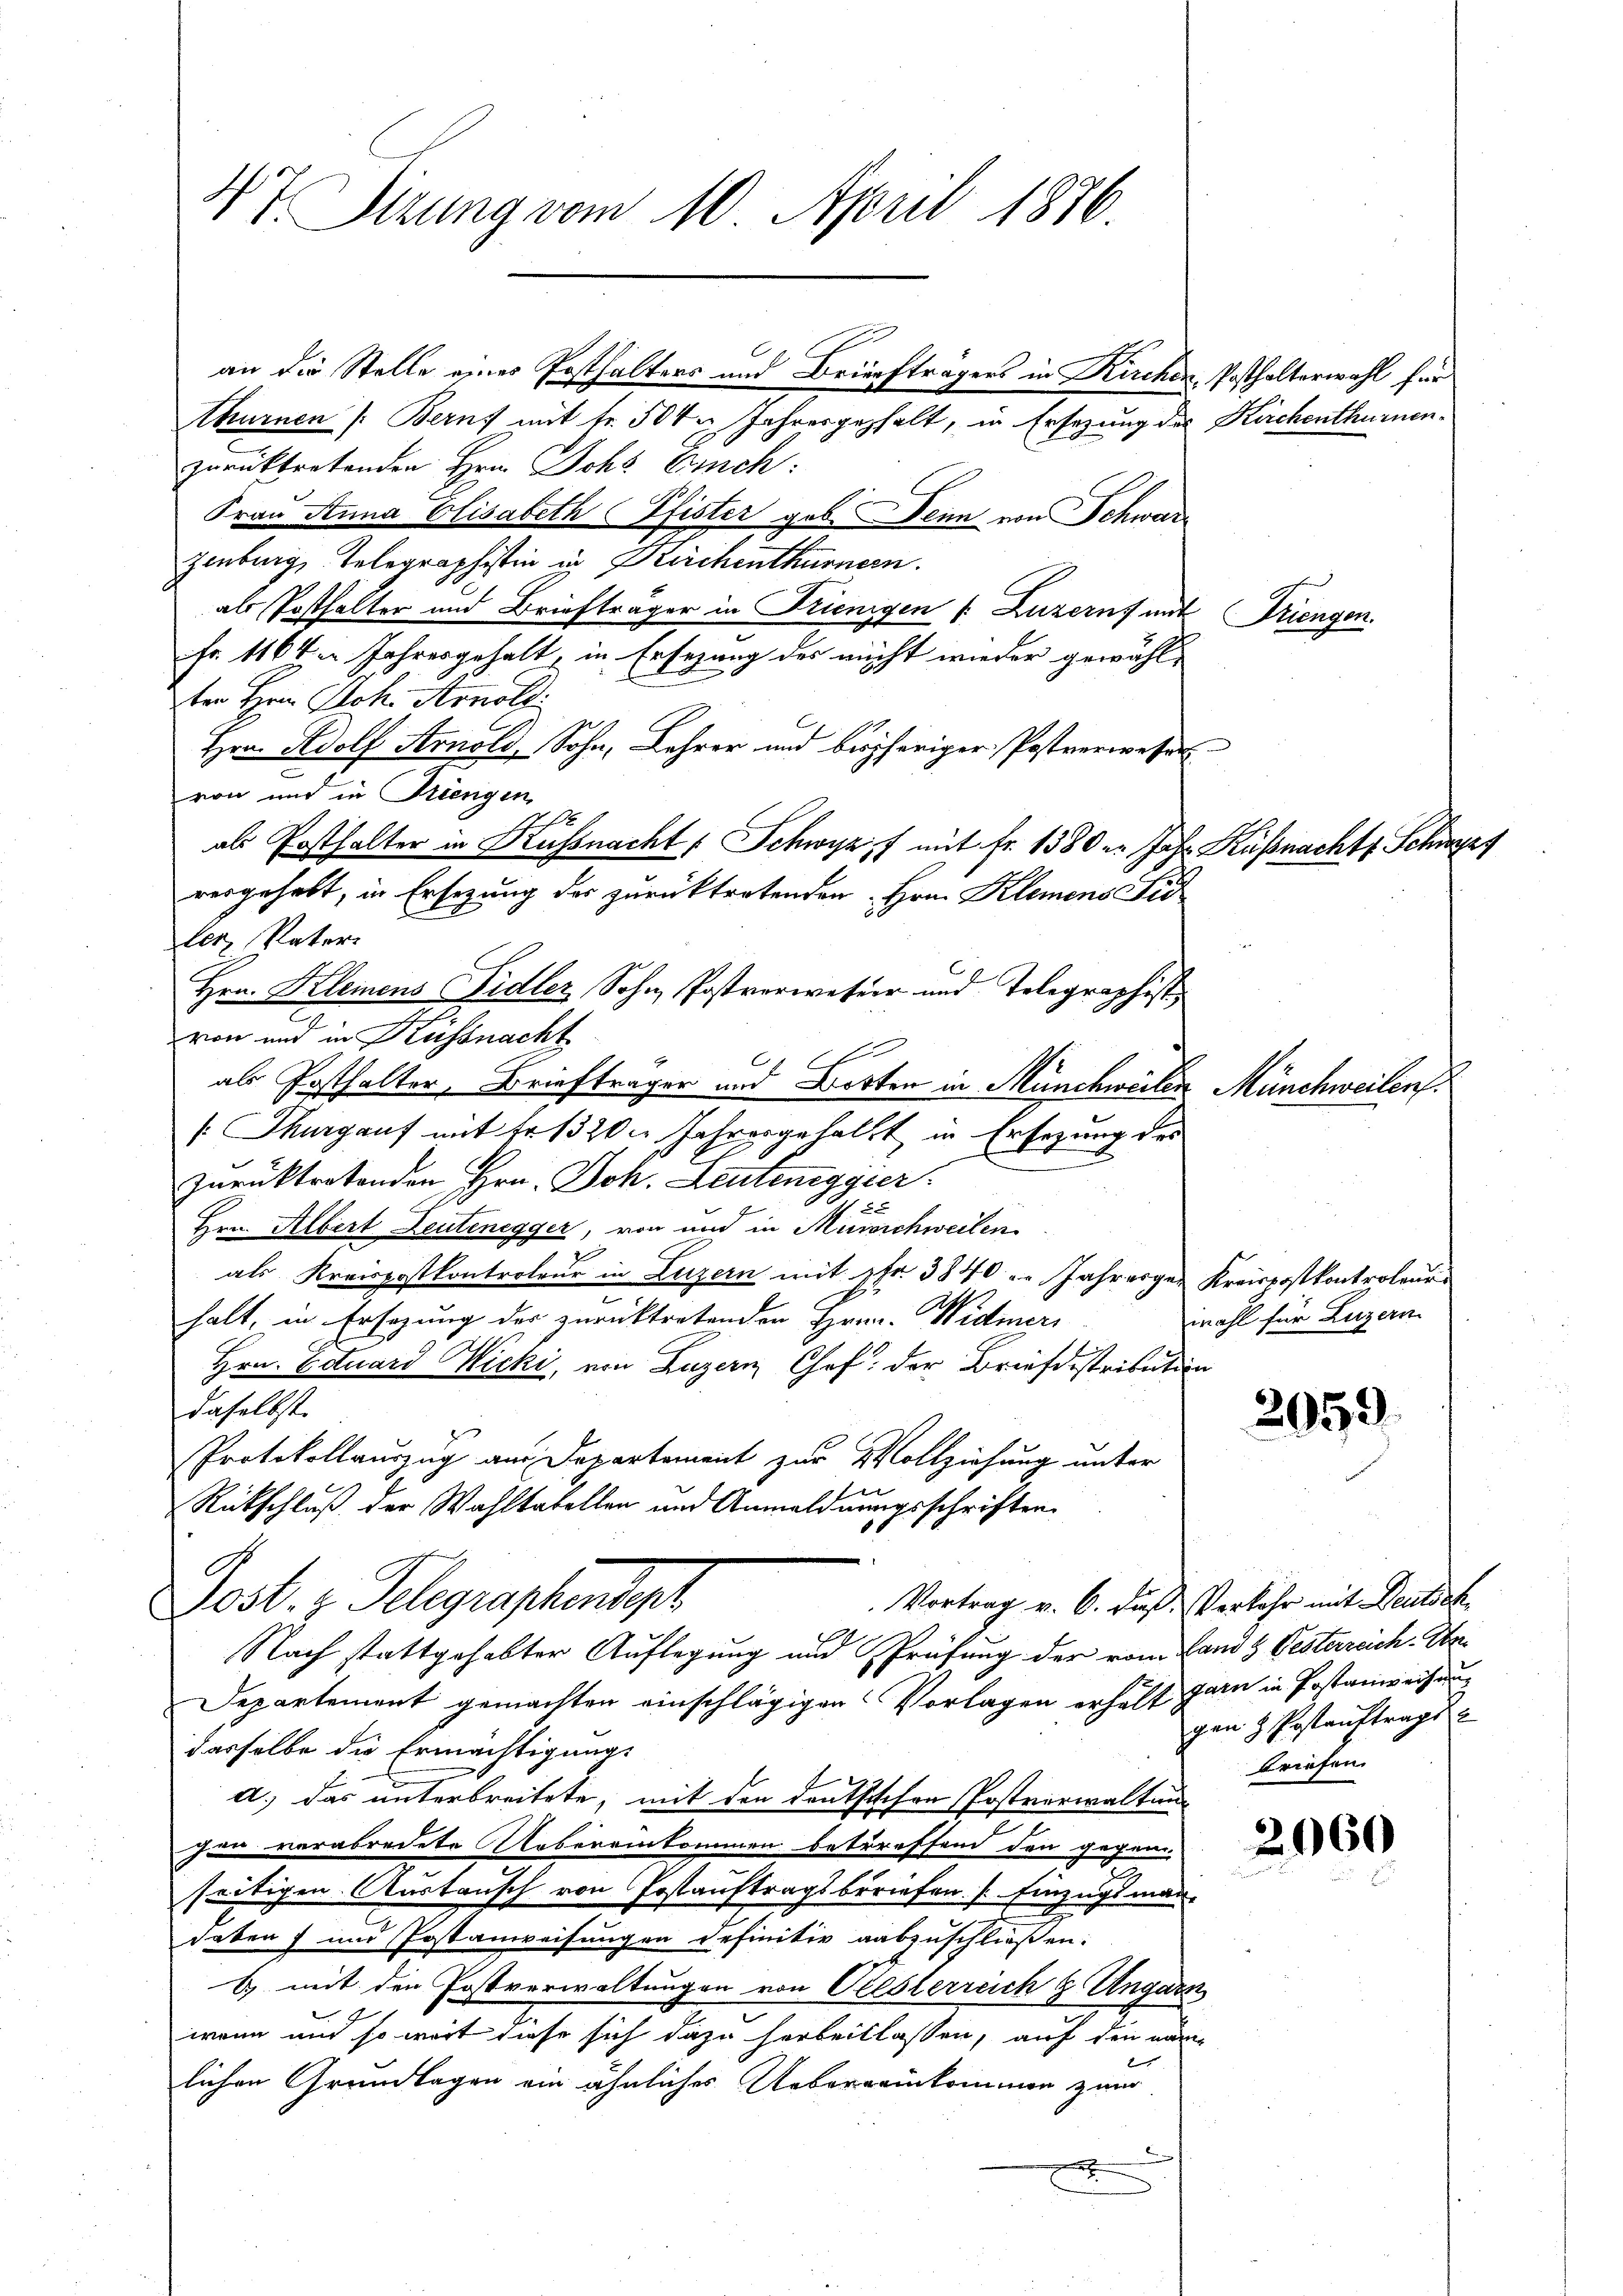
47. Pirung vom 10. April 1876.

an die Stelle eines Posthalters und Briefträgers in Kirchen Posthalterwahl für
thurnen /: Berns mit Fr. 504 Jahresgehalt, in Ersezung des Kirchenthurnenzurücktretenden Hrn. Johs. Bruch.
Frau Anna Elisabeth Pfister geb. Denn von Schwarz
zenburg, Telegraphistin in Kirchenthurnern.
als Posthalter und Briefträger in Trienigen v. Luzern mit Triengen.
Fr. 1164 Jahresgehalt, in Ersezung des nicht wieder gewählter Hrn Joh. Arnold
Hrn. Adolf Arnold, Sohn, Lehrer und bisheriger Postverwesen
von und in Triengen
1
als Posthalter in Russnacht, Schwyz f mit Fr. 1380 u. Jahr Küßnacht Schwyz
resgehabt, in Ersezung des zurücktretenden Hrn. Klemens Fid
ler, Vater-
Hrn. Klemens Fidler Sohn Postverweser und Telegraphist
von und in Kussnacht
E
als Posthalter, Briefträger und Botten in Münchweilen Münchweilen
[Thurgauf mit Fr. 320. Jahresgehalt in Ersezung des
zurücktretenden Hrn. Joh. Leutenegger.
Hrn. Albert Leutenegger, von und in Münchweilen
2
als Kreispostkontroleur in Luzern mit fr. 3840 u. Jahresger Kreispostkontroleur
halt, in Ersezung der zurücktretenden Hrrn. Widmeri
Hrn. Eduard Nicki, von Luzern Chef der Briefdistribution
daselbst.
Protokollauszug am Departement zur Vollziehung unter
r
Rückschluß der Wahltatellen und Anmeldnungsschriften
Vortrag v. 6. daß Verkehr mit Deutsch
Post. z. Telegraphender
Nach stattgehabter Auflegung und Prüfung der vom Land & Oesterreich. Ober¬
Departement gemachten einschlägigen Vorlagen erhält garn in Postanweisung
dasselbe die Ermächtigungs
a.) das unterbreitete, mit den deutschen Postverwaltung
chen verabredete Uebereinkommen betreffend den gegen
seitigen Austausch von Postauftragsbriefen. /: Einzugsmanhaben und Postanweisungen definitiv auszuschließen.
b) mit den Postverwaltungen von Seesterreich & Ungarn
wenn und so weit diese sich dazu harbeitlassen, auf den nämb
lichen Grundlagen ein ähnliches Uebereinkommen zum
x

wahl für Luzern

2059

gen z. Postauftrags
briefen.

2060